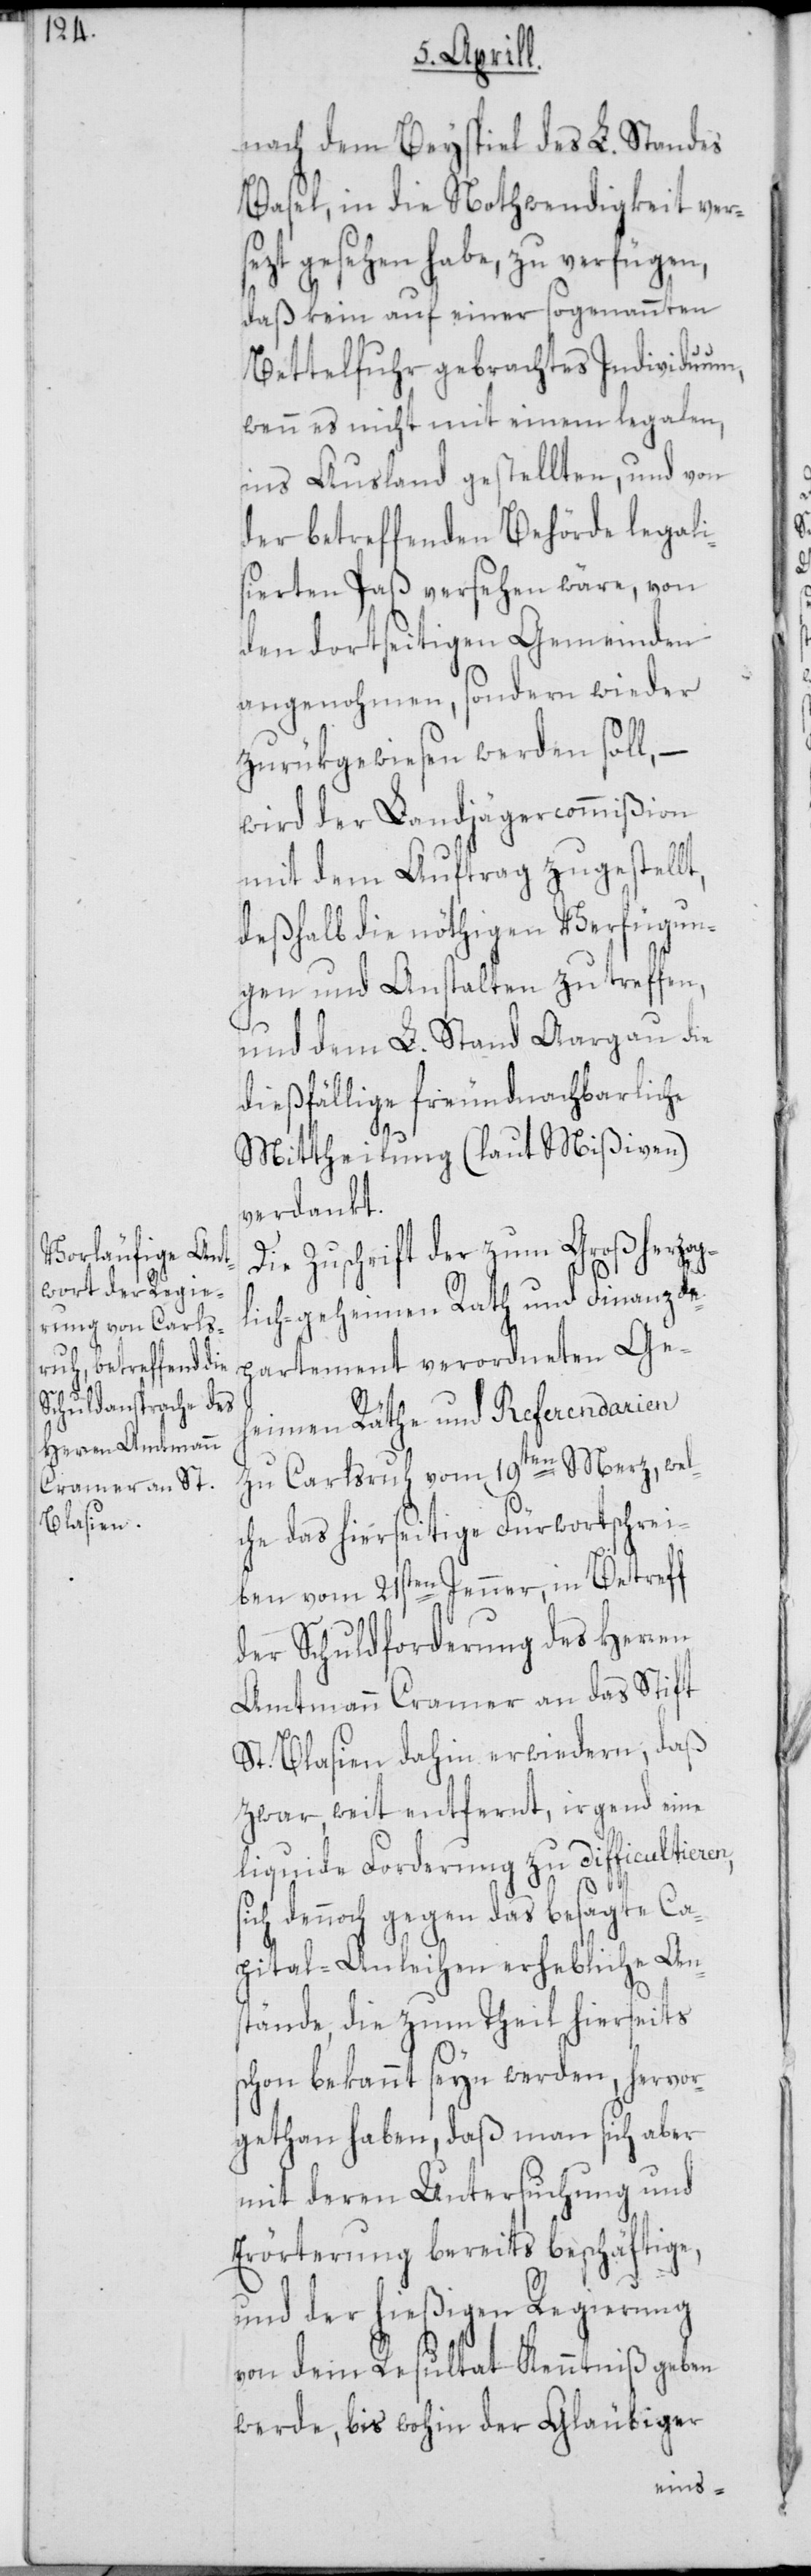
nach dem Beyspiel des L. Standes
Basel, in die Nothwendigkeit ver¬
sezt gesehen habe, zu verfügen,
daß kein auf einer sogenannten
Bettelfuhr gebrachtes Individuum,
wenn es nicht mit einem legalen,
ins Ausland gestellten, und von
der betreffenden Behörde legali¬
sierten Paß versehen wäre, von
den dortseitigen Gemeinden
angenohmen, sondern wieder
zurükgewiesen werden soll, –
wird der Landjägercommißion
mit dem Auftrag zugestell¬
deßhalb die nöthigen Verfügun¬
gen und Anstalten zu treffen,
und dem L. Stand Aargau die
dießfällige freundnachbarliche
s¬
Mittheilung (laut Mißiven)
verdankt.
Die Zuschrift der zum Großher¬
lich-geheimen Rath und Finanzde¬
partement verordneten Geh¬
eimen Räthe und Referendarien
zu Carlsruh vom 19ten Merz, wel¬
che das hierseitige Fürwortschrei¬
ben vom 21sten Jenner, in Betreff
der Schuldforderungen des Herren
Amtmann Cramer an das Stift
St. Blasien dahin erwiedern, daß
zwar, weit entfernt, irgend eine
liquide Forderung zu difficultieren,
ich dennoch gegen das besagte Ca¬
pital-Anleihen erhebliche An¬
stände, die zum Theil hierseits
schon bekannt seyn werden, hervor¬
gethan haben, daß man sich aber
mit deren Untersuchung und
Erörterung bereits beschäftige,
und der hießigen Regierung
von dem Resultat Kenntniß geben
werde, bis wohin der Gläubiger